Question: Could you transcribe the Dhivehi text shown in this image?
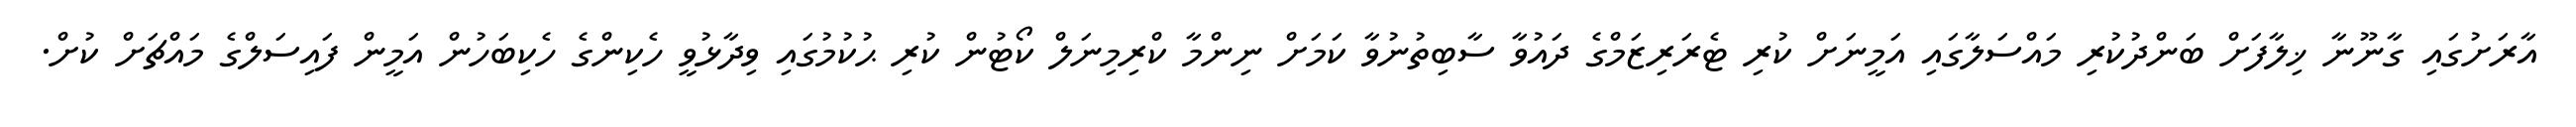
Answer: އާރަށުގައި ގާނޫނާ ޚިލާފަށް ބަންދުކުރި މައްސަލާގައި އަމީނަށް ކުރި ޓެރަރިޒަމްގެ ދައުވާ ސާބިތުނުވާ ކަމަށް ނިންމާ ކްރިމިނަލް ކޯޓުން ކުރި ޙުކުމުގައި ވިދާޅުވީ ހެކިންގެ ހެކިބަހުން އަމީން ފައިސަލްގެ މައްޗަށް ކުށް.